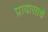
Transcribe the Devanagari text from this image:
प्रावासाचे